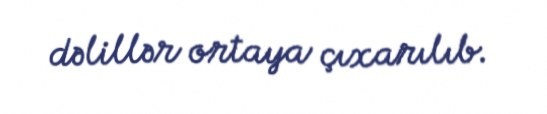
dəlillər ortaya çıxarılıb.